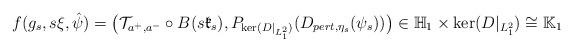
LaTeX: \begin{align*}f(g_s,s\xi,\hat{\psi})=\big(\mathcal{T}_{a^+,a^-}\circ B(s\mathfrak{k}_s),P_{\ker(D|_{L^2_1})}(D_{pert,\eta_s}(\psi_s))\big)\in \mathbb{H}_1\times\ker(D|_{L^2_1})\cong\mathbb{K}_1\end{align*}